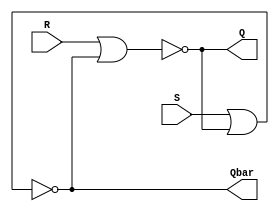
`timescale 1ns / 1ps
//////////////////////////////////////////////////////////////////////////////////
// Company: 
// Engineer: 
// 
// Design Name: 
// Module Name: project_8
// Project Name: 
// Target Devices: 
// Tool Versions: 
// Description: 
// 
// Dependencies: 
// 
// Revision:
// Revision 0.01 - File Created
// Additional Comments:
// 
//////////////////////////////////////////////////////////////////////////////////


module project_8(
    input S,R,
    output Q,Qbar
    );
    nor #1 N1(Q, R, Qbar);
    nor #1 N2(Qbar, S, Q);
endmodule